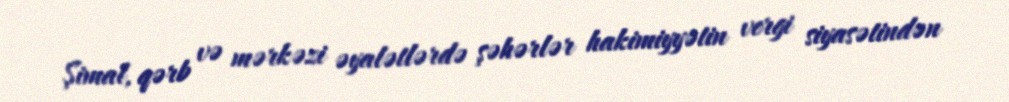
Şimal, qərb və mərkəzi əyalətlərdə şəhərlər hakimiyyətin vergi siyasətindən